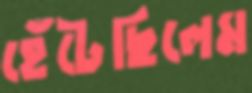
হেঁটেছিলেম